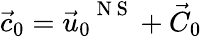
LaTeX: {{\vec{c}}_{0}}={{\vec{u}}_{0}}^{\mathrm{~N~S~}}+{{\vec{C}}_{0}}